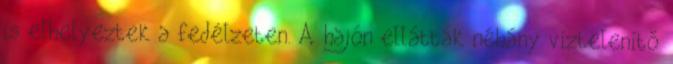
is elhelyeztek a fedélzeten. A hajón ellátták néhány víztelenítő